Report on vaccination in Madras 1895-1903 - 1895-1903
Year: 1895
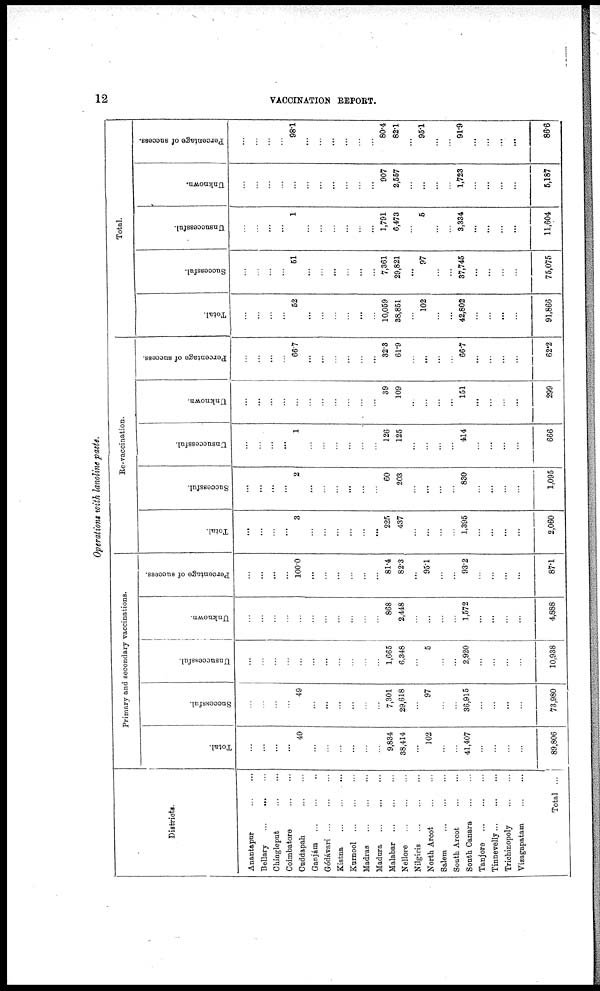
12
VACCINATION REPORT.
Operations with lanoline paste.
Districts.
Anantapur
...
...
Bellary
...
...
...
Chingleput
...
...
Coimbatore ... ...
Cuddapah
...
...
Ganjám ... ... ...
Gódávari
...
...
...
Kistna
...
...
...
Kurnool
...
...
...
Madras
...
...
...
Madura ... ... ...
Malabar
...
...
...
Nellore
...
...
...
Nilgiris
...
...
...
North Arcot
...
...
Salem
...
...
...
South Arcot ... ...
South Canara
...
...
Tanjore
...
...
...
Tinnevelly ... ... ...
Trichinopoly
...
...
Vizagapatam
...
...
Total ...
Primary and secondary vaccinations.
Total.
...
...
...
...
49
...
...
...
...
...
...
9,834,
38,414
...
102
...
...
41,407
...
...
...
...
89,806
Successful.
...
...
...
...
49
...
...
...
...
...
...
7,301
29,618
...
97
...
...
36,915
...
...
...
...
73,980
Unsuccessful.
...
...
...
...
...
...
...
...
...
...
...
1,665
6,348
...
5
...
...
2,920
...
...
...
...
10,938
Unknown.
...
...
...
...
...
...
...
...
...
...
...
868
2,448
...
...
...
...
1,572
...
...
...
...
4,888
Percentage of success.
...
...
...
...
100.0
...
...
...
...
...
...
81.4
82.3
...
95.1
...
...
93.2
...
...
...
...
87.1
Re-vaccination.
Total.
...
...
...
...
3
...
...
...
...
...
...
225
437
...
...
...
...
1,395
...
...
...
...
2,060
Successful.
...
...
...
...
2
...
...
...
...
...
...
60
203
...
...
...
...
830
...
...
...
...
1,095
Unsuccessful.
...
...
...
...
1
...
...
...
...
...
...
126
125
...
...
...
...
414
...
...
...
...
666
Unknown.
...
...
...
...
...
...
...
...
...
...
...
39
109
...
...
...
...
151
...
...
...
...
299
Percentage of success.
...
...
...
...
66.7
...
...
...
...
...
...
32.3
61.9
...
...
...
...
66.7
...
...
...
...
62.2
Total.
Total.
...
...
...
...
52
...
...
...
...
...
...
10,059
38,851
...
102
...
...
42,802
...
...
...
...
91,866
Successful.
...
...
...
...
51
...
...
...
...
...
...
7,361
29,821
...
97
...
...
37,745
...
...
...
...
75,075
Unsuccessful.
...
...
...
...
1
...
...
...
...
...
...
1,791
6,473
...
5
...
...
3,334
...
...
...
...
11,604
Unknown.
...
...
...
...
...
...
...
...
...
...
...
907
2,557
...
...
...
...
1,723
...
...
...
...
5,187
Percentage of success.
...
...
...
...
98.1
...
...
...
...
...
...
80.4
82.1
...
95.1
...
...
91.9
...
...
...
...
86.6